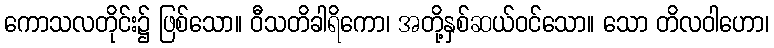
ကောသလတိုင်း၌ ဖြစ်သော။ ဝီသတိခါရိကော၊ အတို့နှစ်ဆယ်ဝင်သော။ သော တိလဝါဟော၊